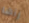
رآها